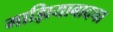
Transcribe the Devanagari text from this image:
गाझियाबादचा